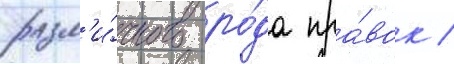
разл'и́чного ро́да пра́вок /